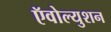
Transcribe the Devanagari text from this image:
ऍवोल्युशन